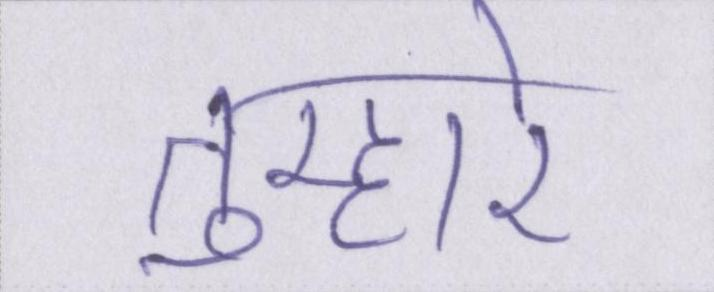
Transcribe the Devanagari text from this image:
तुम्हारे